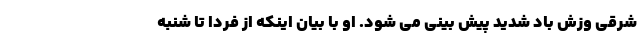
شرقی وزش باد شدید پیش بینی می شود. او با بیان اینکه از فردا تا شنبه